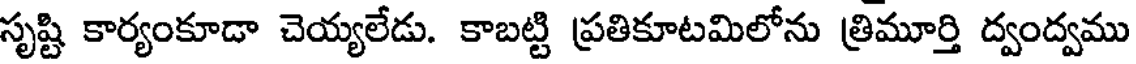
సృష్టి కార్యంకూడా చెయ్యలేడు. కాబట్టి ప్రతికూటమిలోను త్రిమూర్తి ద్వంద్వము